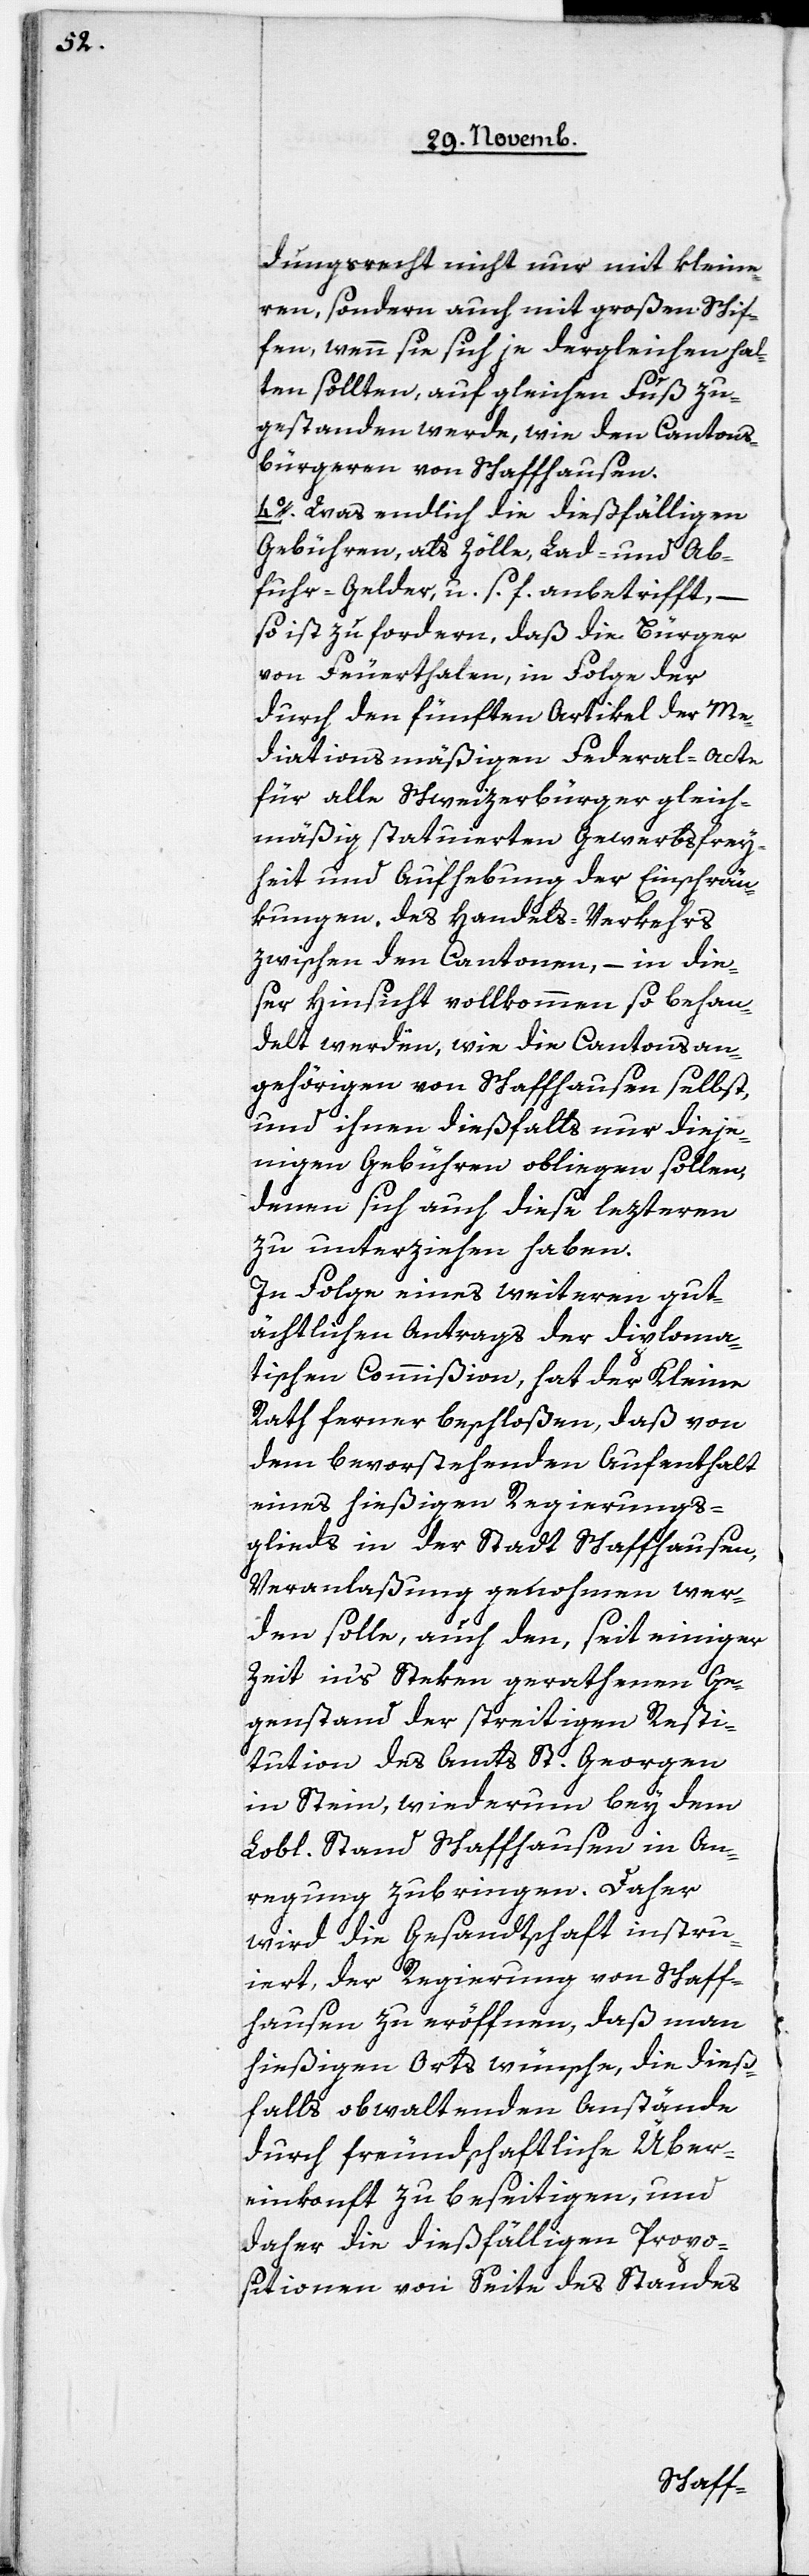
dungsrecht nicht nur mit kleine¬
ren, sondern auch mit großen Schif¬
fen, wenn sie sich je dergleichen hal¬
ten sollten, auf gleichen Fuß zu¬
gestanden werde, wie den Cantons¬
bürgeren von Schaffhausen.
4. Was endlich die dießfälligen
Gebühren, als Zölle, Lad- und Ab¬
fuhr-Gelder, u. s. f. anbetrifft, –
so ist zu fordern, daß die Bürger
von Feuerthalen, in Folge der
durch den fünften Artikel der Me¬
diationsmäßigen Federal-Acte
für alle Schweizerbürger gleich¬
mäßig statuierten Gewerbsfrey¬
heit und Aufhebung der Einschrän¬
kungen des Handels-Verkehrs
zwischen den Cantonen, – in die¬
ser Hinsicht vollkommen so behan¬
delt werden, wie die Cantonsan¬
gehörigen von Schaffhausen selbst,
und ihnen dießfalls nur dieje¬
nigen Gebühren obliegen sollen,
denen sich auch diese lezteren
zu unterziehen haben.
In Folge eines weiteren gut¬
ächtlichen Antrags der diploma¬
tischen Commißion, hat der Kleine
Rath ferner beschloßen, daß von
dem bevorstehenden Aufenthalt
eines hießigen Regierungs¬
glieds in der Stadt Schaffhausen,
Veranlaßung genohmen wer¬
den solle, auch den, seit einiger
Zeit in‘s Steken gerathenen Ge¬
genstand der streitigen Resti¬
tution des Amts St. Georgen
in Stein, wiederum bey dem
Lobl. Stand Schaffhausen in An¬
regung zubringen. Daher
wird die Gesandtschaft instru¬
iert, der Regierung von Schaff¬
hausen zu eröffnen, daß man
hießigen Orts wünsche, die dieß¬
falls obwaltenden Anstände
durch freundschaftliche Über¬
einkonft zu beseitigen, und
daher die dießfälligen Propo¬
sitionen von Seite des Standes